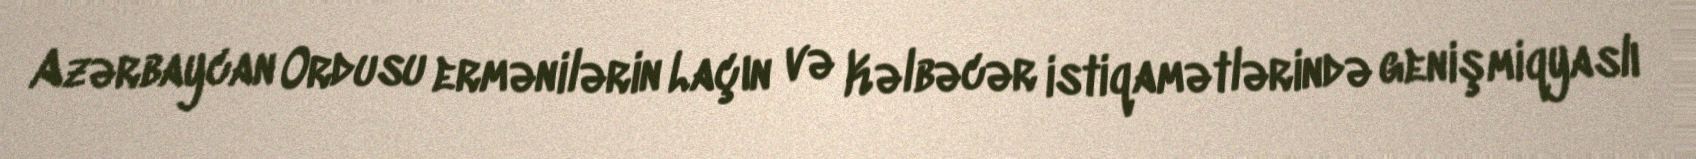
Azərbaycan Ordusu ermənilərin Laçın və Kəlbəcər istiqamətlərində genişmiqyaslı